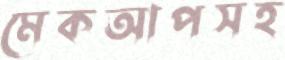
মেকআপসহ